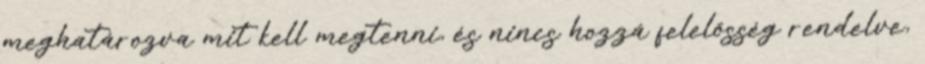
meghatározva mit kell megtenni, és nincs hozzá felelősség rendelve,